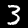
Digit: 3